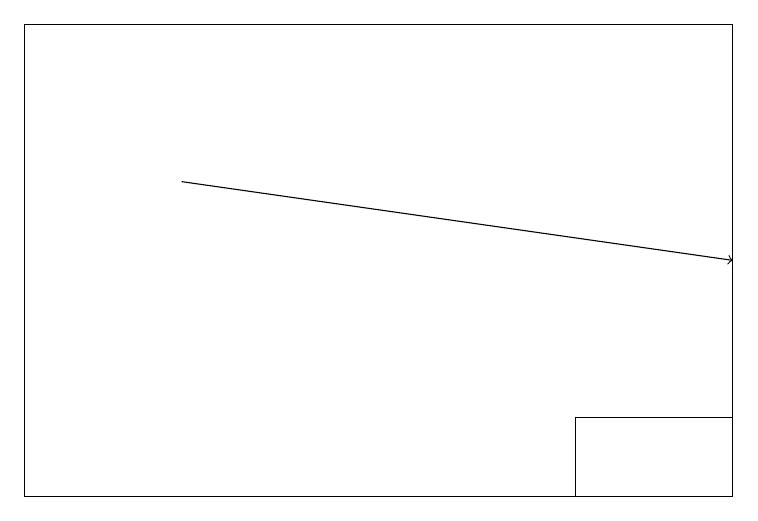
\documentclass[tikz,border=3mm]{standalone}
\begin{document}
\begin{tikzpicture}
\draw (7,13) rectangle (9,12);
\draw (9,18) rectangle (0,12);
\draw[->] (2,16) -- (9,15);
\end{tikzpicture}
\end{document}